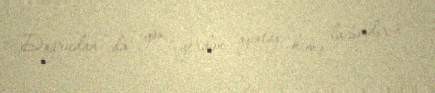
Doğrudan da yox yerdən ajiotaj kimə lazımdır?.